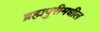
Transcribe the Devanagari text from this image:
ब्रह्मपुरीमधील